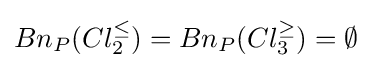
Bn_{P}(Cl_{2}^{\leq })=Bn_{P}(Cl_{3}^{\geq })=\emptyset